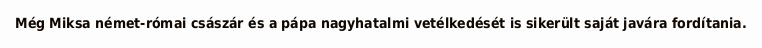
Még Miksa német-római császár és a pápa nagyhatalmi vetélkedését is sikerült saját javára fordítania.